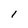
Character: I